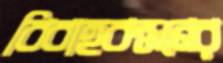
বিবাহবন্ধনের